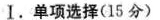
Ⅰ.单项选择(15分)